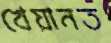
খেয়ানত